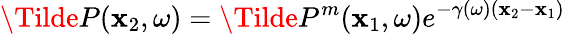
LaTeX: \Tilde{P}(\mathbf{x}_{2},\omega)=\Tilde{P}^{m}(\mathbf{x}_{1},\omega)e^{-\gamma(\omega)(\mathbf{x}_{2}-\mathbf{x}_{1})}